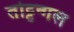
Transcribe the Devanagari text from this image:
तोट्टन्गल